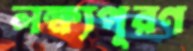
লক্ষ্যপূরণ